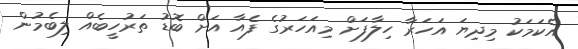
އެކަމަކު މިދިޔަ އަހަރާ ހިލާފަށް މިއަހަރުގެ ފެއާ އަށް ބޮޑު ތަރުހީބެއް ލިބެމުން